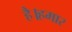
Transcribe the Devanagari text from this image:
है।हमार